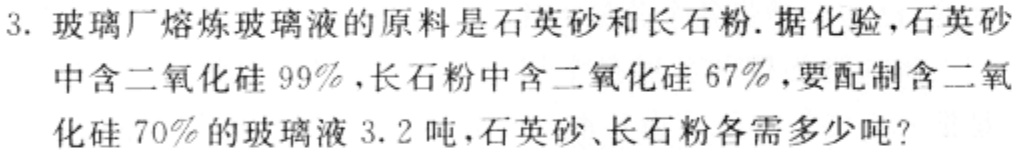
3. 玻璃厂熔炼玻璃液的原料是石英砂和长石粉. 据化验, 石英砂中含二氧化硅$99\%$, 长石粉中含二氧化硅$67\%$, 要配制含二氧化硅$70\%$的玻璃液$3.2$吨, 石英砂、长石粉各需多少吨?